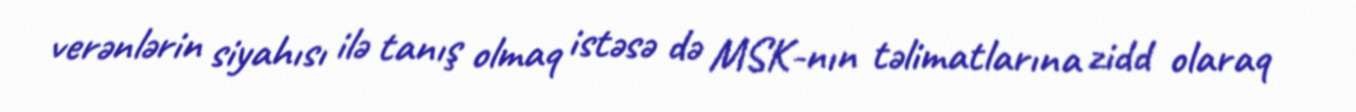
verənlərin siyahısı ilə tanış olmaq istəsə də MSK-nın təlimatlarına zidd olaraq